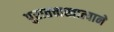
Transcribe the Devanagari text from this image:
पुरातत्त्वखात्याने